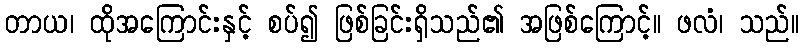
တာယ၊ ထိုအကြောင်းနှင့် စပ်၍ ဖြစ်ခြင်းရှိသည်၏ အဖြစ်ကြောင့်။ ဖလံ၊ သည်။